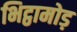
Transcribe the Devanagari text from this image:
भिट्ठामोड़